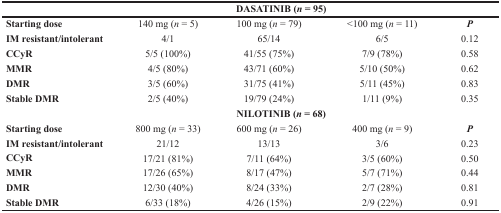
<table><thead><tr><td></td><td colspan="4"><b>DASATINIB (<i>n</i> = 95)</b></td></tr></thead><tbody><tr><td><b>Starting dose</b></td><td>140 mg (<i>n</i> = 5)</td><td>100 mg (<i>n</i> = 79)</td><td>&lt;100 mg (<i>n</i> = 11)</td><td><b><i>P</i></b></td></tr><tr><td><b>IM resistant/intolerant</b></td><td>4/1</td><td>65/14</td><td>6/5</td><td>0.12</td></tr><tr><td><b>CCyR</b></td><td>5/5 (100%)</td><td>41/55 (75%)</td><td>7/9 (78%)</td><td>0.58</td></tr><tr><td><b>MMR</b></td><td>4/5 (80%)</td><td>43/71 (60%)</td><td>5/10 (50%)</td><td>0.62</td></tr><tr><td><b>DMR</b></td><td>3/5 (60%)</td><td>31/75 (41%)</td><td>5/11 (45%)</td><td>0.83</td></tr><tr><td><b>Stable DMR</b></td><td>2/5 (40%)</td><td>19/79 (24%)</td><td>1/11 (9%)</td><td>0.35</td></tr><tr><td></td><td colspan="4"><b>NILOTINIB (<i>n</i> = 68)</b></td></tr><tr><td><b>Starting dose</b></td><td>800 mg (<i>n</i> = 33)</td><td>600 mg (<i>n</i> = 26)</td><td>400 mg (<i>n</i> = 9)</td><td><b><i>P</i></b></td></tr><tr><td><b>IM resistant/intolerant</b></td><td>21/12</td><td>13/13</td><td>3/6</td><td>0.23</td></tr><tr><td><b>CCyR</b></td><td>17/21 (81%)</td><td>7/11 (64%)</td><td>3/5 (60%)</td><td>0.50</td></tr><tr><td><b>MMR</b></td><td>17/26 (65%)</td><td>8/17 (47%)</td><td>5/7 (71%)</td><td>0.44</td></tr><tr><td><b>DMR</b></td><td>12/30 (40%)</td><td>8/24 (33%)</td><td>2/7 (28%)</td><td>0.81</td></tr><tr><td><b>Stable DMR</b></td><td>6/33 (18%)</td><td>4/26 (15%)</td><td>2/9 (22%)</td><td>0.91</td></tr></tbody></table>